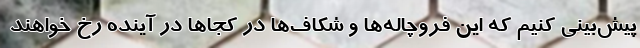
پیش‌بینی کنیم که این فروچاله‌ها و شکاف‌ها در کجاها در آینده رخ خواهند